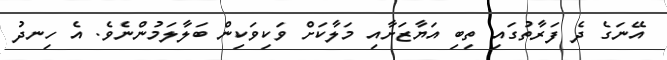
އޭނަގެ ދެ ފަރާތުގައި ތިބި އަޔާޒަށާއި މަލާކަށް ވަކިވަކިން ބަލާލަމުންނެވެ. އެ ހިނދު